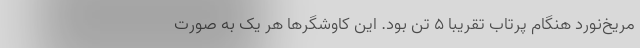
مریخ‌نورد هنگام پرتاب تقریباً 5 تن بود. این کاوشگرها هر یک به صورت